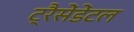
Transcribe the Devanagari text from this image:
ट्रैसेंडेंटल